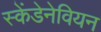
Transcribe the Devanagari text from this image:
स्केंडेनेवियन